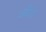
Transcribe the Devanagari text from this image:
ओंदो